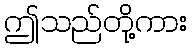
ဤသည်တို့ကား